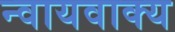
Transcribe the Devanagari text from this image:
न्वायवाक्य